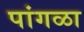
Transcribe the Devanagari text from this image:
पांगळा